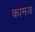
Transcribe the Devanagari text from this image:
कामङ